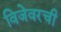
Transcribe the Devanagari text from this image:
विजेवरची